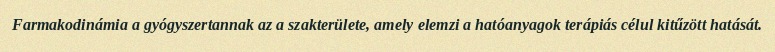
Farmakodinámia a gyógyszertannak az a szakterülete, amely elemzi a hatóanyagok terápiás célul kitűzött hatását.